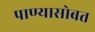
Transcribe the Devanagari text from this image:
पाण्‍यासोबत